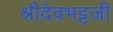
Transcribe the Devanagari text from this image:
श्रीदेवभट्टजी